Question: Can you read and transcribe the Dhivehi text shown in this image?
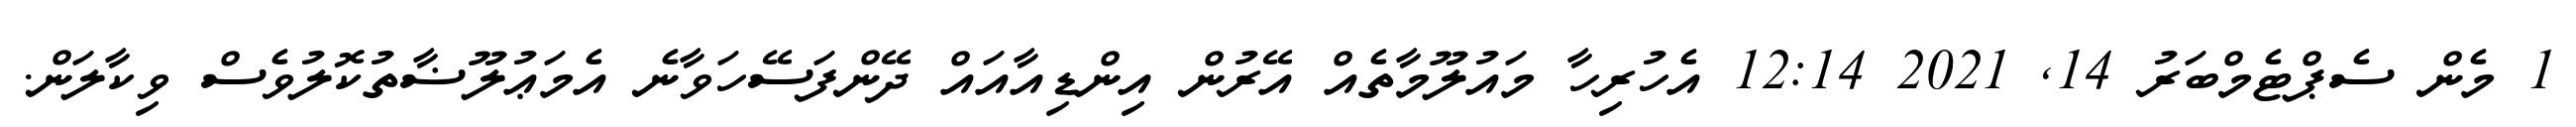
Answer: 1 މެން ސެޕްޓެމްބަރު 14, 2021 12:14 އެހުރިހާ މައުލޫމާތެއް އޭރުން އިންޑިއާއައް ދޭންފަސޭހަވާނެ އެމަޢުލޫޟާތުކޮލުވެސް ވިކާލަން.